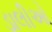
ડાલીઓ